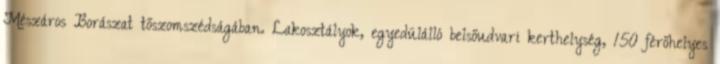
Mészáros Borászat tőszomszédságában. Lakosztályok, egyedülálló belsőudvari kerthelység, 150 férőhelyes